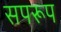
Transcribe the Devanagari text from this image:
सपरूप